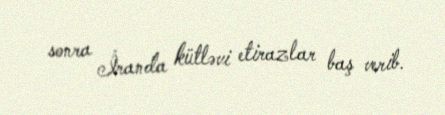
sonra İranda kütləvi etirazlar baş verib.